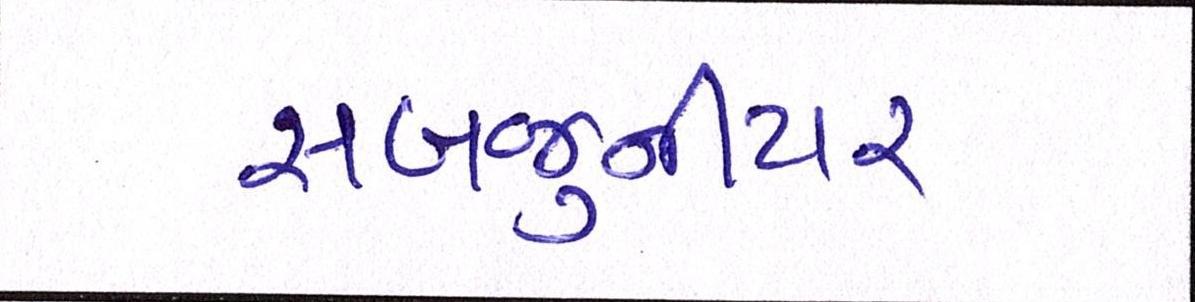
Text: સબજુનીયર